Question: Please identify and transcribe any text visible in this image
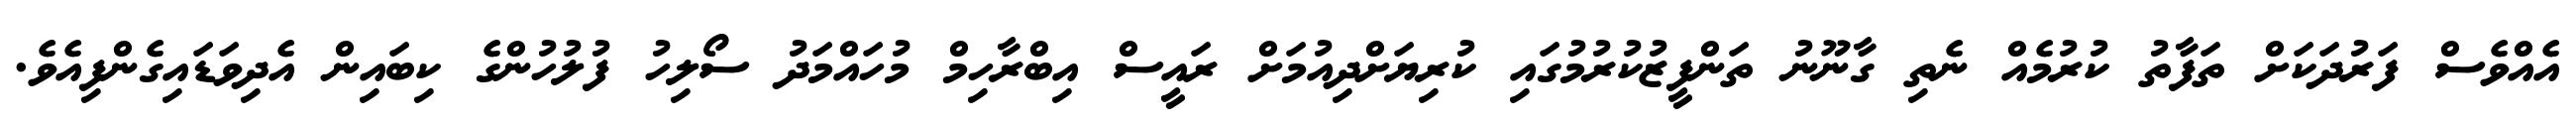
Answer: އެއްވެސް ފަރުދަކަށް ތަފާތު ކުރުމެއް ނެތި ގާނޫނު ތަންފީޒުކުރުމުގައި ކުރިޔަށްދިއުމަށް ރައީސް އިބްރާހިމް މުހައްމަދު ސޯލިހު ފުލުހުންގެ ކިބައިން އެދިވަޑައިގެންފިއެވެ.